Indian journal of veterinary science and animal husbandry - Volume 5,
Year: 1935
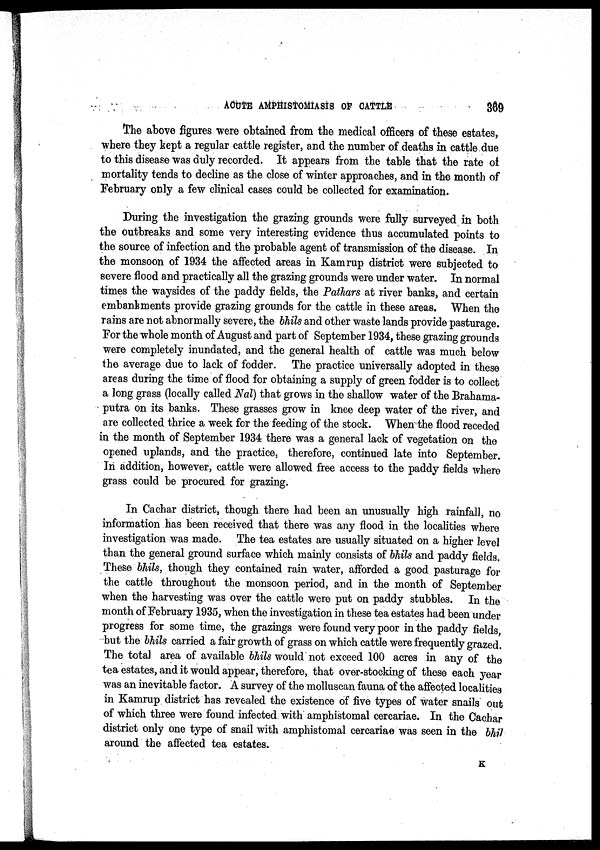
ACUTE AMPHISTOMIASIS OF
CATTLE
369
The above figures were obtained from the medical officers of these estates,
where they kept a regular cattle register, and the number of deaths in cattle due
to this disease was duly recorded. It appears from the table that the rate of
mortality tends to decline as the close of winter approaches, and in the month of
February only a few clinical cases could be collected for examination.
During the investigation the grazing grounds were fully surveyed in both
the outbreaks and some very interesting evidence thus accumulated points to
the source of infection and the probable agent of transmission of the disease. In
the monsoon of 1934 the affected areas in Kamrup district were subjected to
severe flood and practically all the grazing grounds were under water. In normal
times the waysides of the paddy fields, the Pathars at river banks, and certain
embankments provide grazing grounds for the cattle in these areas. When the
rains are not abnormally severe, the bhils and other waste lands provide pasturage.
For the whole month of August and part of September 1934, these grazing grounds
were completely inundated, and the general health of cattle was much below
the average due to lack of fodder. The practice universally adopted in these
areas during the time of flood for obtaining a supply of green fodder is to collect
a long grass (locally called Nal) that grows in the shallow water of the Brahama¬
putra on its banks. These grasses grow in knee deep water of the river, and
are collected thrice a week for the feeding of the stock. When the flood receded
in the month of September 1934 there was a general lack of vegetation on the
opened uplands, and the practice, therefore, continued late into September.
In addition, however, cattle were allowed free access to the paddy fields where
grass could be procured for grazing.
In Cachar district, though there had been an unusually high rainfall, no
information has been received that there was any flood in the localities where
investigation was made. The tea estates are usually situated on a higher level
than the general ground surface which mainly consists of bhils and paddy fields.
These bhils, though they contained rain water, afforded a good pasturage for
the cattle throughout the monsoon period, and in the month of September
when the harvesting was over the cattle were put on paddy stubbles. In the
month of February 1935, when the investigation in these tea estates had been under
progress for some time, the grazings were found very poor in the paddy fields,
but the bhils carried a fair growth of grass on which cattle were frequently grazed.
The total area of available bhils would not exceed 100 acres in any of the
tea estates, and it would appear, therefore, that over-stocking of these each year
was an inevitable factor. A survey of the molluscan fauna of the affected localities
in Kamrup district has revealed the existence of five types of water snails out
of which three were found infected with amphistomal cercariae. In the Cachar
district only one type of snail with amphistomal cercariae was seen in the bhil
around the affected tea estates.
K